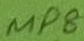
Text: MP8